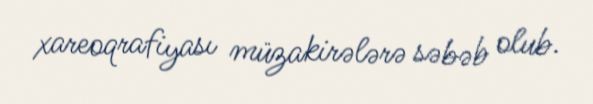
xareoqrafiyası müzakirələrə səbəb olub.